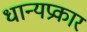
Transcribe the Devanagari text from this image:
धान्यप्रकार